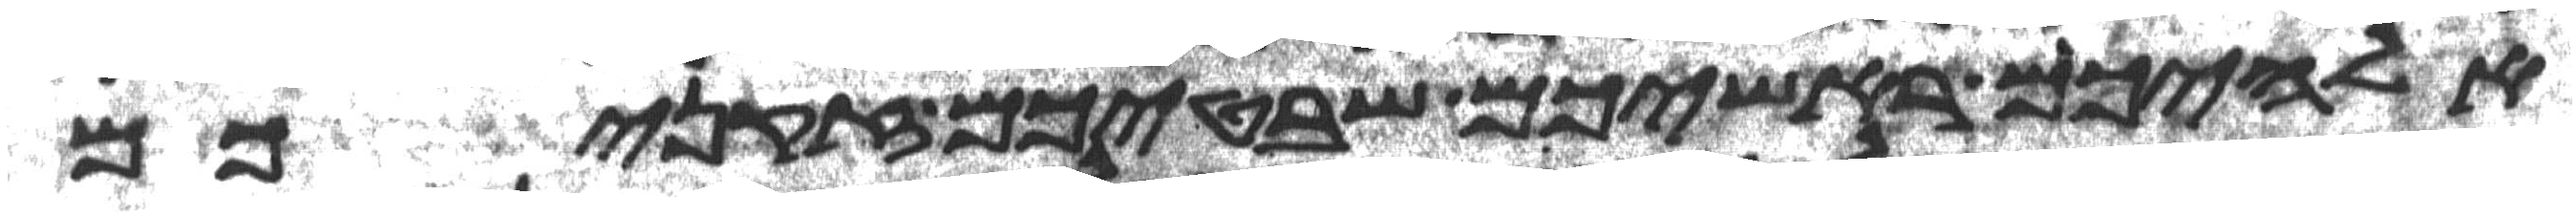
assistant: אלהיכם ראשיכם שבטיכם זקניכם